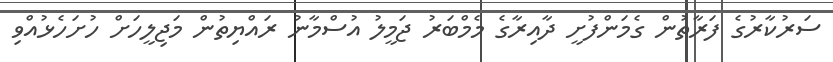
ސަރުކާރުގެ ފަރާތުން ގެމަންފުށީ ދާއިރާގެ މެމްބަރު ޖަމީލު އުސްމާނު ރައްޔިތުން މަޖިލީހަށް ހުށަހެޅުއްވި